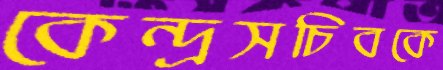
কেন্দ্রসচিবকে